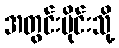
အတွင်းပိုင်းသို့